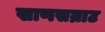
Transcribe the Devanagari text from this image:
खाणसम्राट